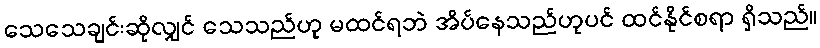
သေသေချင်းဆိုလျှင် သေသည်ဟု မထင်ရဘဲ အိပ်နေသည်ဟုပင် ထင်နိုင်စရာ ရှိသည်။